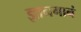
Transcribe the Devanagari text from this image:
ज्ञानगानं